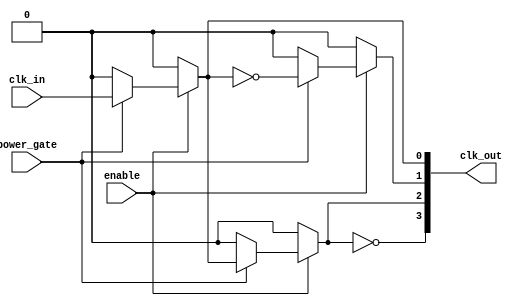
module low_power_clock_buffer (
    input wire clk_in,         // Clock input
    input wire enable,         // Enable signal for the buffer
    input wire power_gate,     // Power gating control signal
    output wire [3:0] clk_out  // Buffered clock outputs
);

    // Internal signals
    wire clk_stage1, clk_stage2, clk_stage3;

    // Stage 1: First buffering stage
    // Using a combination of inverters and pass-gates
    assign clk_stage1 = enable ? (power_gate ? clk_in : 1'b0) : 1'b0;

    // Stage 2: Second buffering stage
    assign clk_stage2 = enable ? (power_gate ? ~clk_stage1 : 1'b0) : 1'b0;

    // Stage 3: Third buffering stage
    assign clk_stage3 = enable ? (power_gate ? clk_stage1 : 1'b0) : 1'b0;

    // Final output stage
    assign clk_out[0] = clk_stage1;
    assign clk_out[1] = clk_stage2;
    assign clk_out[2] = clk_stage3;
    assign clk_out[3] = ~clk_stage3; // Inverted output for diversity

    // Optional: Hysteresis implementation (not detailed in this example)
    // This can be implemented using additional logic gates or feedback mechanisms.

endmodule